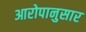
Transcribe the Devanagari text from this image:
आरोपानुसार